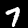
Digit: 7